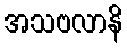
အသဗလာနိ